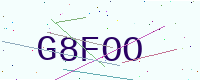
Text: G8FOO